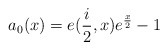
\begin{align*}a_{0}(x)=e(\frac{i}{2},x)e^{\frac{x}{2}}-1 \end{align*}